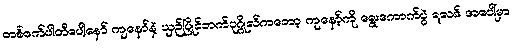
တစ်ဖက်ပါတီပေါ့နော် ကျနော်နဲ့ ယှဉ်ပြိုင်ဘက်ပုဂ္ဂိုလ်ကတော့ ကျနော့်ကို ရွေးကောက်ပွဲ ရလဒ် အပေါ်မှာ